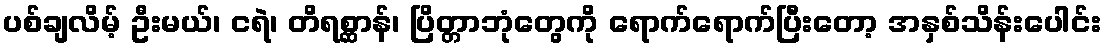
ပစ်ချလိမ့် ဦးမယ်၊ ငရဲ၊ တိရစ္ဆာန်၊ ပြိတ္တာဘုံတွေကို ရောက်ရောက်ပြီးတော့ အနှစ်သိန်းပေါင်း